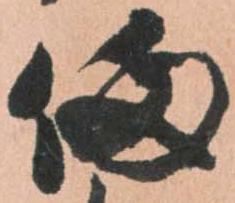
備